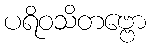
ပရိဝသိတဗ္ဗော